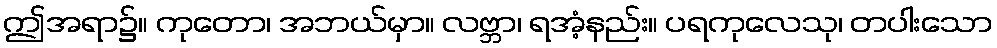
ဤအရာ၌။ ကုတော၊ အဘယ်မှာ။ လဗ္ဘာ၊ ရအံ့နည်း။ ပရကုလေသု၊ တပါးသော